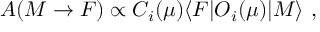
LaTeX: A ( M \rightarrow F ) \propto C _ { i } ( \mu ) \langle F | O _ { i } ( \mu ) | M \rangle \ ,